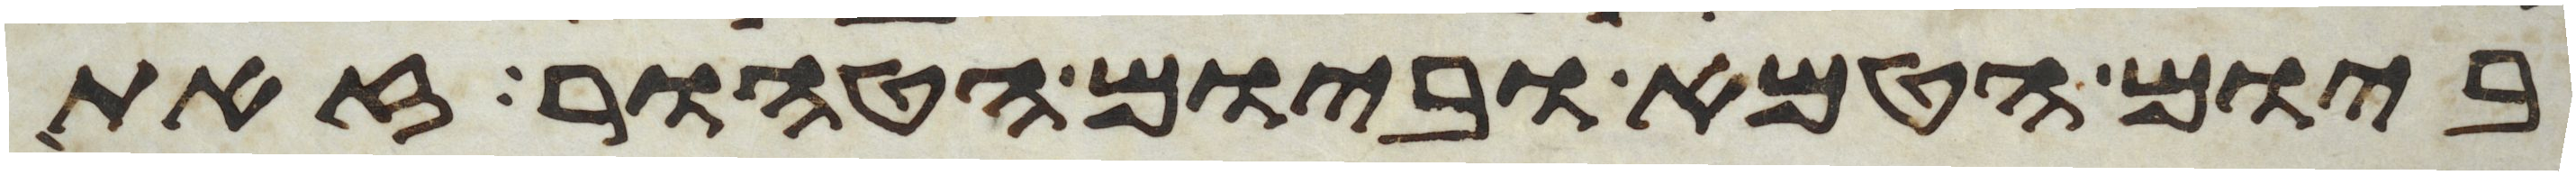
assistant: ביום הטמא וביום הטהור זאת